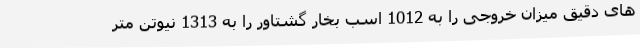
های دقیق میزان خروجی را به 1012 اسب بخار گشتاور را به 1313 نیوتن متر